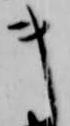
キ